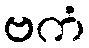
ဗကံ